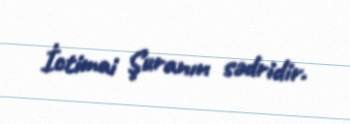
İctimai Şuranın sədridir.